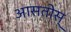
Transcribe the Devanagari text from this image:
आसतोस्